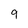
Character: 9